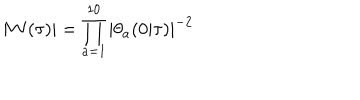
LaTeX: | W ( \tau ) | = \prod _ { a = 1 } ^ { 1 0 } | \theta _ { a } ( 0 | \tau ) | ^ { - 2 }